Indian journal of veterinary science and animal husbandry - Volume 8,
Year: 1938
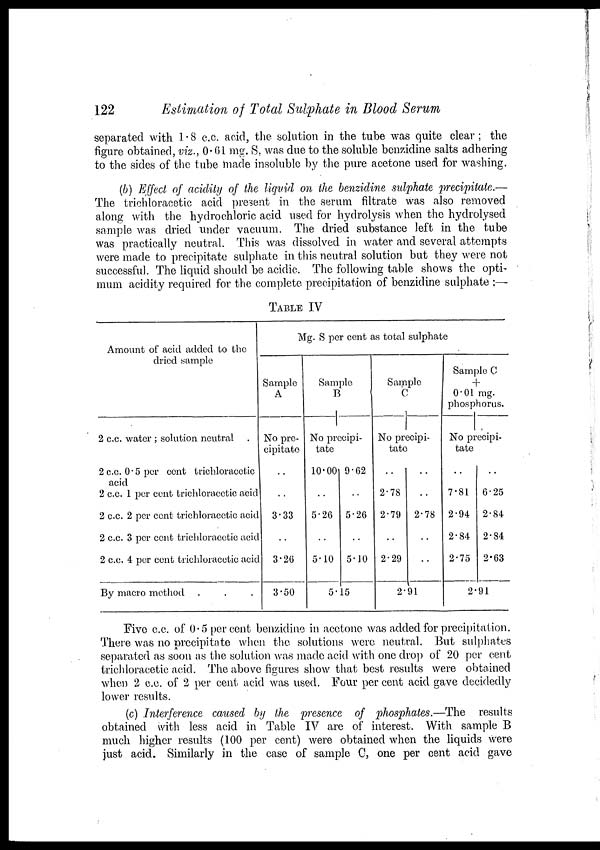
122
Estimation of Total Sulphate in Blood Serum
separated with 1.8 c.c. acid, the solution in the tube was quite clear; the
figure obtained, viz., 0.61 mg. S, was due to the soluble benzidine salts adhering
to the sides of the tube made insoluble by the pure acetone used for washing.
(b) Effect of acidity of the liquid on the benzidine sulphate precipitate.—
The trichloracetic acid present in the serum filtrate was also removed
along with the hydrochloric acid used for hydrolysis when the hydrolysed
sample was dried under vacuum. The dried substance left in the tube
was practically neutral. This was dissolved in water and several attempts
were made to precipitate sulphate in this neutral solution but they were not
successful. The liquid should be acidic. The following table shows the opti-
mum acidity required for the complete precipitation of benzidine sulphate :—
TABLE IV
Amount of acid added to the
dried sample
2 c.c. water ; solution neutral .
2 c.c. 0.5 per cent trichloracetic
acid
2 c.c. 1 per cent trichloracetic acid
2 c.c. 2 per cent trichloracetic acid
2 c.c. 3 per cent trichloracetic acid
2 c.c. 4 per cent trichloracetic acid
By macro method . .
Mg. S per cent as total sulphate
Sample
A
No pre-
cipitate
..
..
3.33
..
3.26
3.50
Sample
B
No precipi-
tate
10.00
..
5.26
..
5.10
9.62
..
5.26
..
5.10
5.15
Sample
C
No precipi-
tate
..
2.78
2.79
..
2.29
..
..
2.78
..
..
2.91
Sample C
+
0.01 mg.
phosphorus.
No precipi-
tate
..
7.81
2.94
2.84
2.75
..
6.25
2.84
2.84
2.63
2.91
Five c.c. of 0.5 per cent benzidine in acetone was added for precipitation.
There was no precipitate when the solutions were neutral. But sulphates
separated as soon as the solution was made acid with one drop of 20 per cent
trichloracetic acid. The above figures show that best results were obtained
when 2 c.c. of 2 per cent acid was used. Four per cent acid gave decidedly
lower results.
(c) Interference caused by the presence of phosphates.—The results
obtained with less acid in Table IV are of interest. With sample B
much higher results (100 per cent) were obtained when the liquids were
just acid. Similarly in the case of sample C, one per cent acid gave